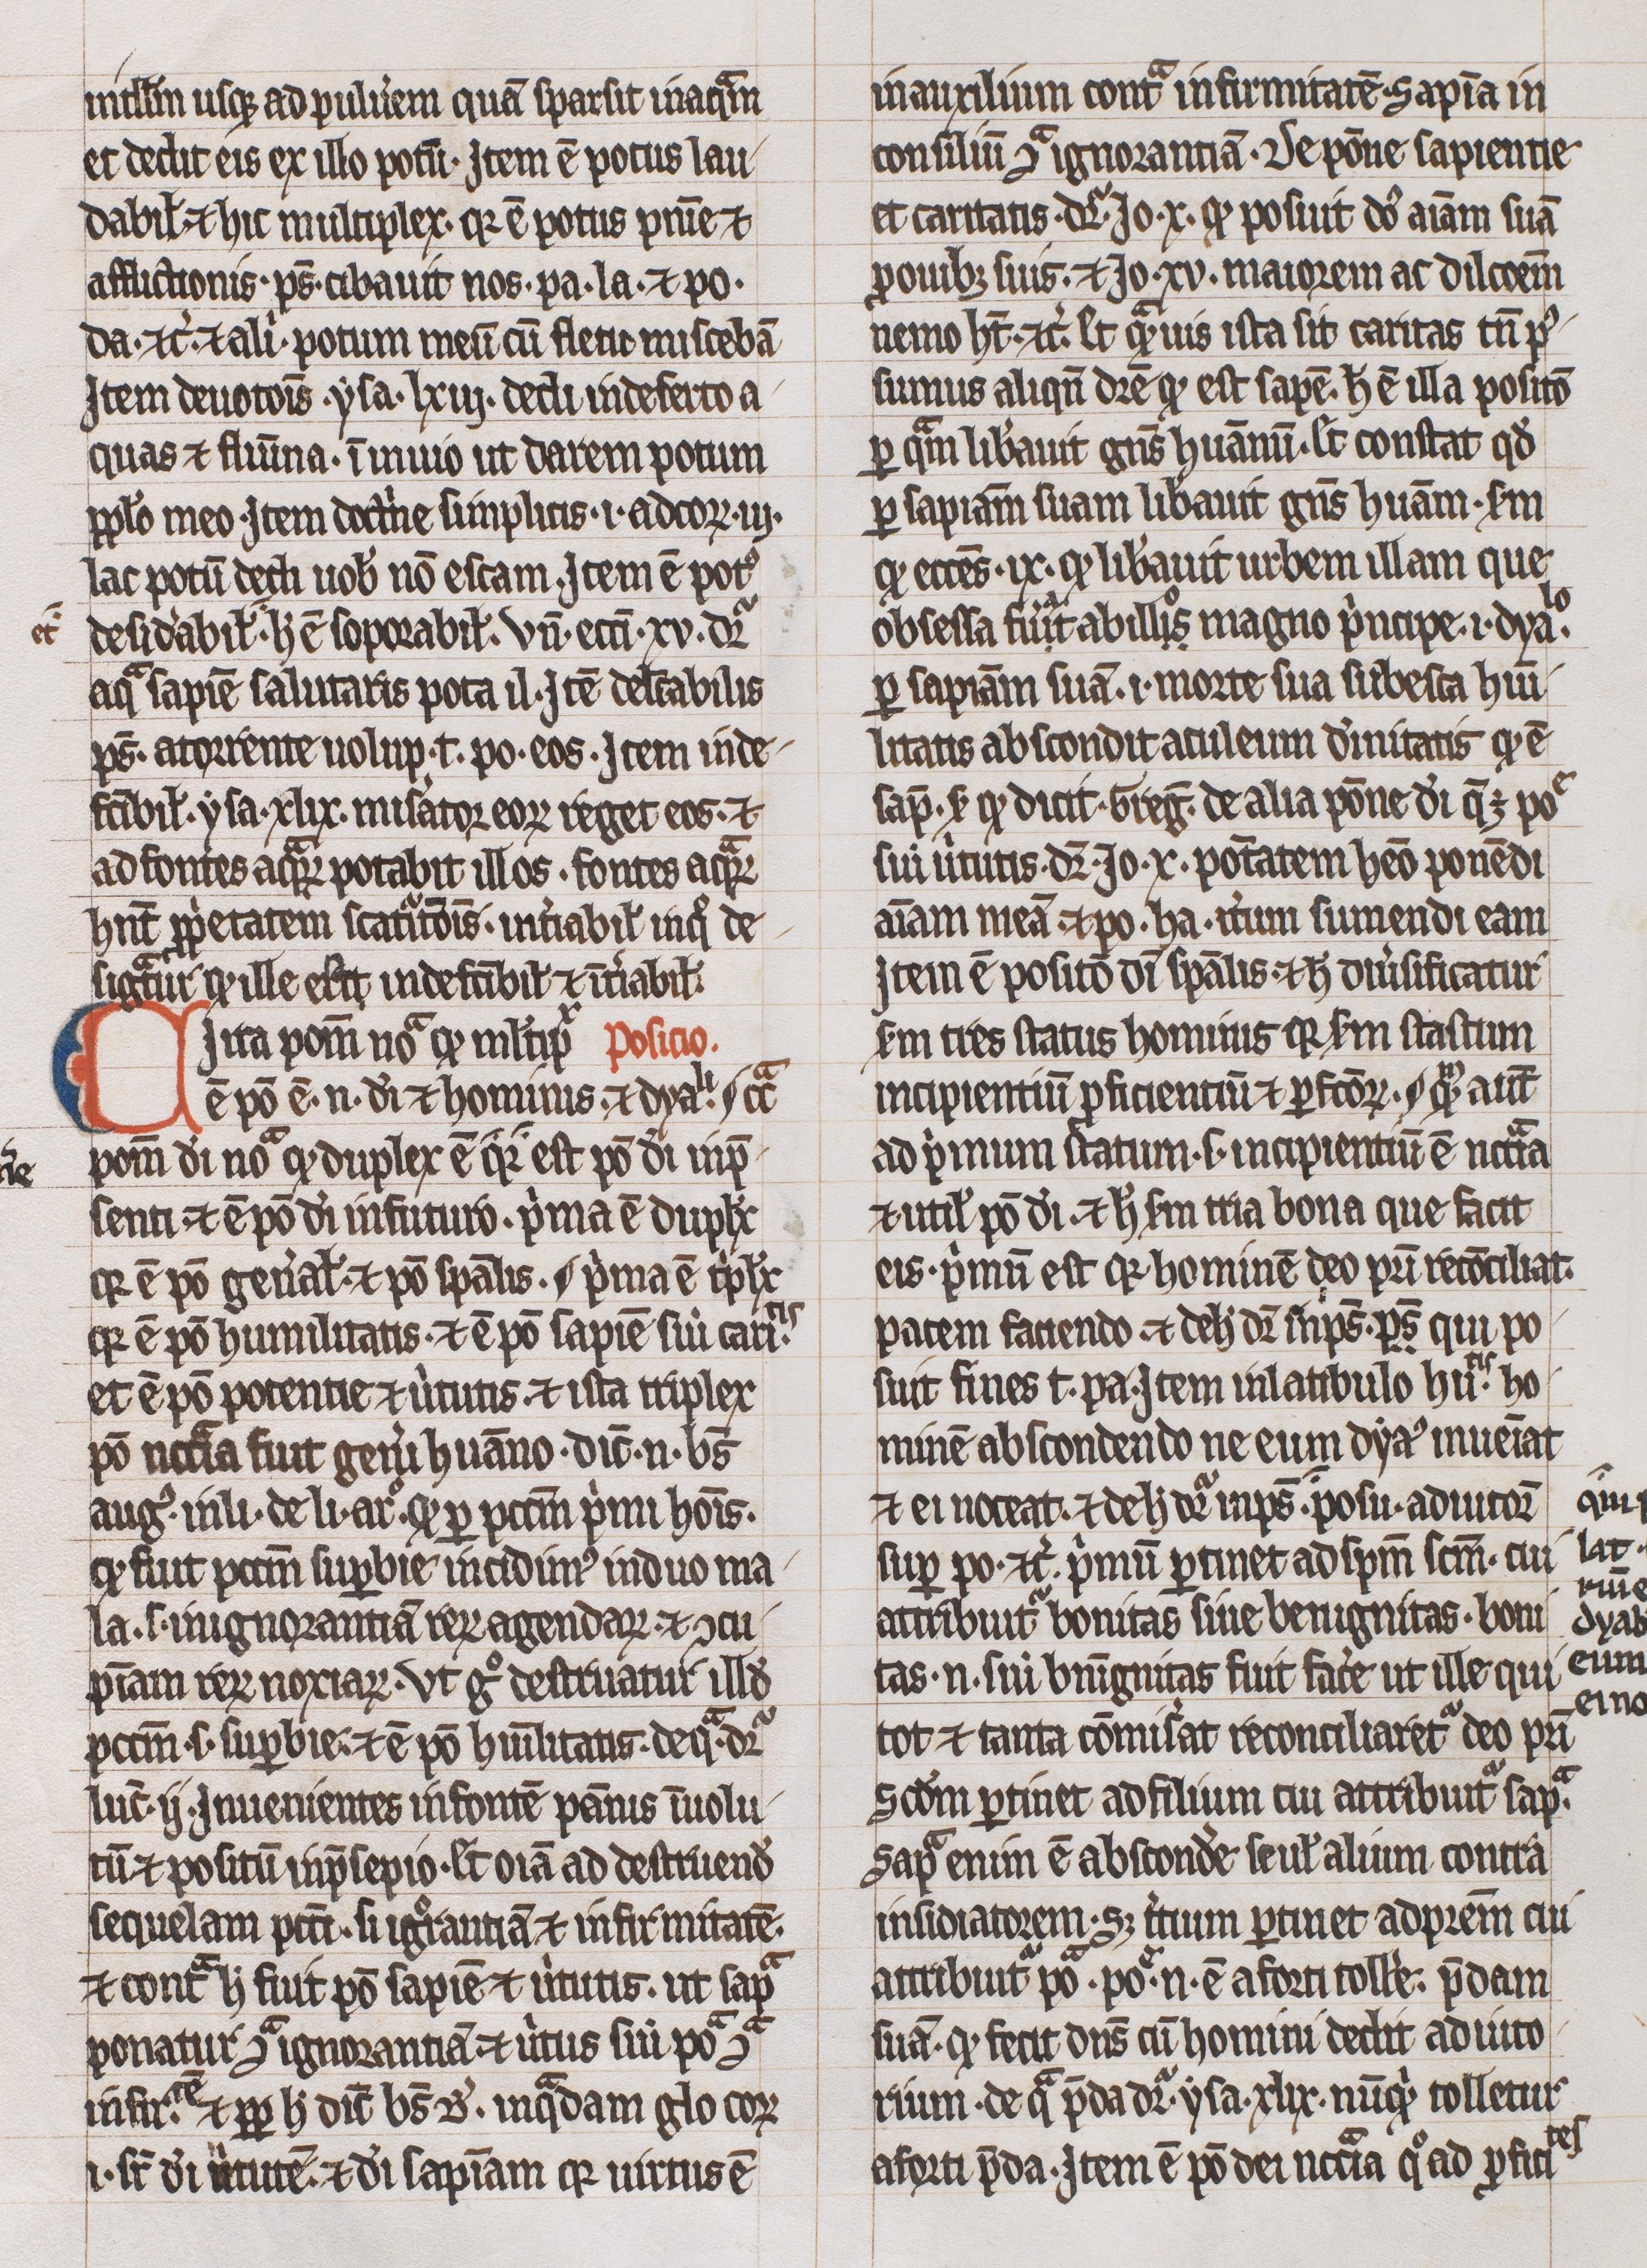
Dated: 1300–1399